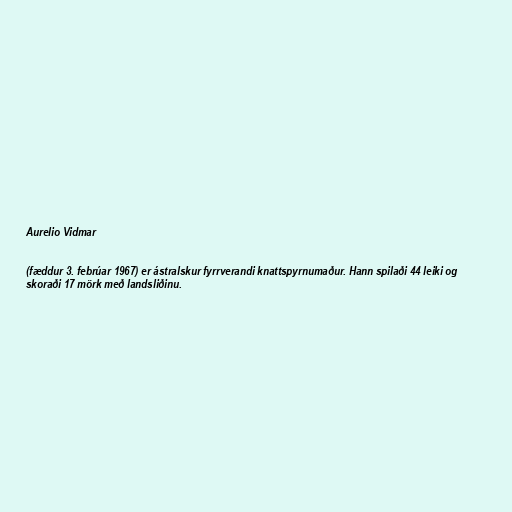
Aurelio Vidmar

(fæddur 3. febrúar 1967) er ástralskur fyrrverandi knattspyrnumaður. Hann spilaði 44 leiki og
skoraði 17 mörk með landsliðinu.